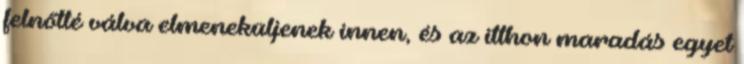
felnőtté válva elmeneküljenek innen, és az itthon maradás egyet